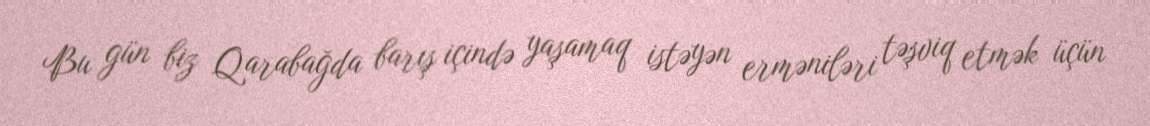
Bu gün biz Qarabağda barış içində yaşamaq istəyən erməniləri təşviq etmək üçün